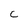
Character: c